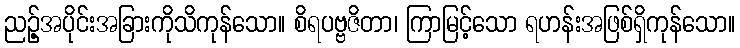
ညဉ့်အပိုင်းအခြားကိုသိကုန်သော။ စိရပဗ္ဗဇိတာ၊ ကြာမြင့်သော ရဟန်းအဖြစ်ရှိကုန်သော။